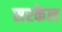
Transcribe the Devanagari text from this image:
सरकेल